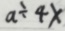
a \div 4 x